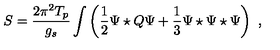
S = \frac { 2 \pi ^ { 2 } T _ { p } } { g _ { s } } \int \left( \frac { 1 } { 2 } \Psi \star Q \Psi + \frac { 1 } { 3 } \Psi \star \Psi \star \Psi \right) \ ,